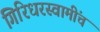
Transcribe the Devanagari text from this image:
गिरिधरस्वामींचं